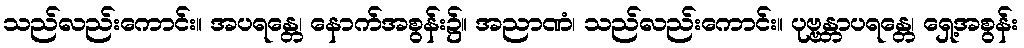
သည်လည်းကောင်း။ အပရန္တေ၊ နောက်အစွန်း၌။ အညာဏံ၊ သည်လည်းကောင်း။ ပုဗ္ဗန္တာပရန္တေ၊ ရှေ့အစွန်း